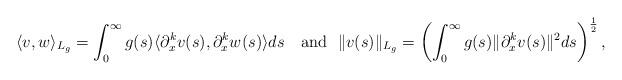
LaTeX: \begin{align*}\langle v,w\rangle_{L_g}=\int_0^\infty g(s)\langle \partial_{x}^{k}v(s),\partial_{x}^{k}w(s)\rangle ds \mbox{ \ \ and\ \ }\|v(s)\|_{L_g}=\left(\int_0^\infty g(s)\|\partial_{x}^{k}v(s)\|^2ds\right)^\frac{1}{2},\end{align*}